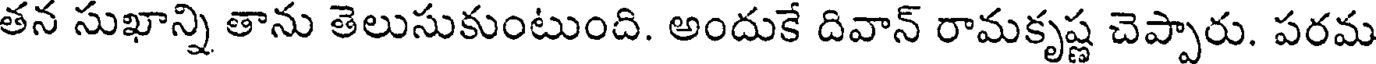
తన సుఖాన్ని తాను తెలుసుకుంటుంది. అందుకే దివాన్ రామకృష్ణ చెప్పారు. పరమ